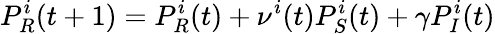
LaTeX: P_{R}^{i}(t+1)=P_{R}^{i}(t)+\nu^{i}(t)P_{S}^{i}(t)+\gamma P_{I}^{i}(t)